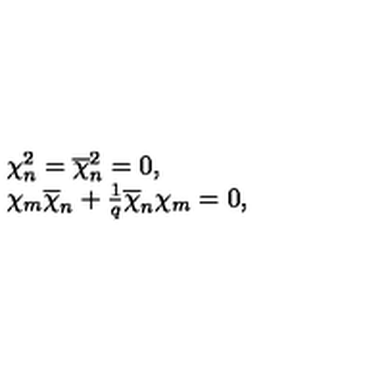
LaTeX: \begin{array} { l } { \chi _ { n } ^ { 2 } = \overline { { \chi } } _ { n } ^ { 2 } = 0 , } \\ { \chi _ { m } \overline { { \chi } } _ { n } + { \frac { 1 } { q } } \overline { { \chi } } _ { n } \chi _ { m } = 0 , } \\ \end{array}